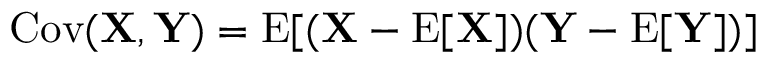
\operatorname { C o v } ( \mathbf { X } , \mathbf { Y } ) = \mathrm { E } [ ( \mathbf { X } - \mathrm { E } [ \mathbf { X } ] ) ( \mathbf { Y } - \mathrm { E } [ \mathbf { Y } ] ) ]